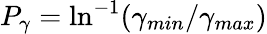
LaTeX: P_{\gamma}=\mathrm{ln}^{-1}(\gamma_{min}/\gamma_{max})